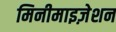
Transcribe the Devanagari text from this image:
मिनीमाइज़ेशन